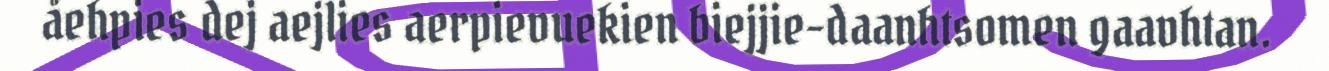
åehpies dej aejlies aerpievuekien biejjie-daanhtsomen gaavhtan.